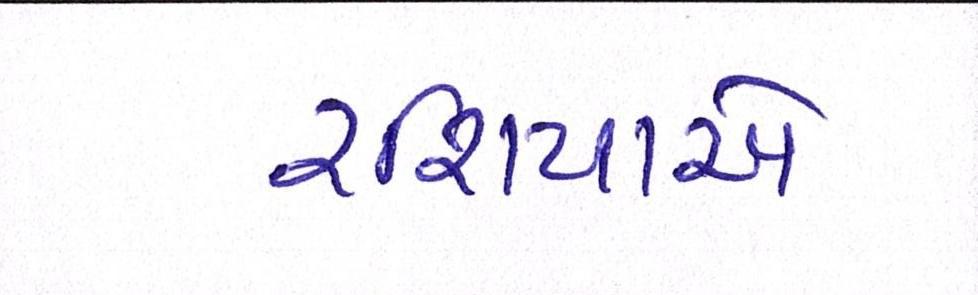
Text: રશિયાએ